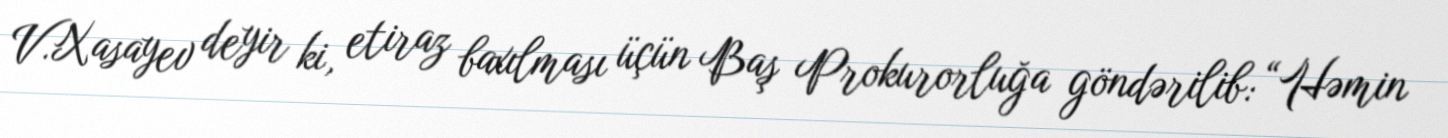
V.Xasayev deyir ki, etiraz baxılması üçün Baş Prokurorluğa göndərilib: “Həmin